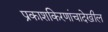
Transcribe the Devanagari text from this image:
प्रकाशकिरणांचादेखील